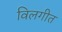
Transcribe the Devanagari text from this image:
विलगीत